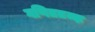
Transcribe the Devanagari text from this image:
गणिततज्ज्ञ